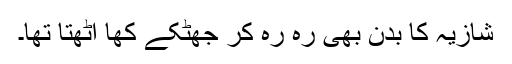
شازیہ کا بدن بھی رہ رہ کر جھٹکے کھا اٹھتا تھا۔